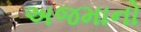
અજમાનો